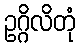
ဥဂ္ဂိလိတုံ